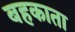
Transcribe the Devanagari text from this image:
बहकाता